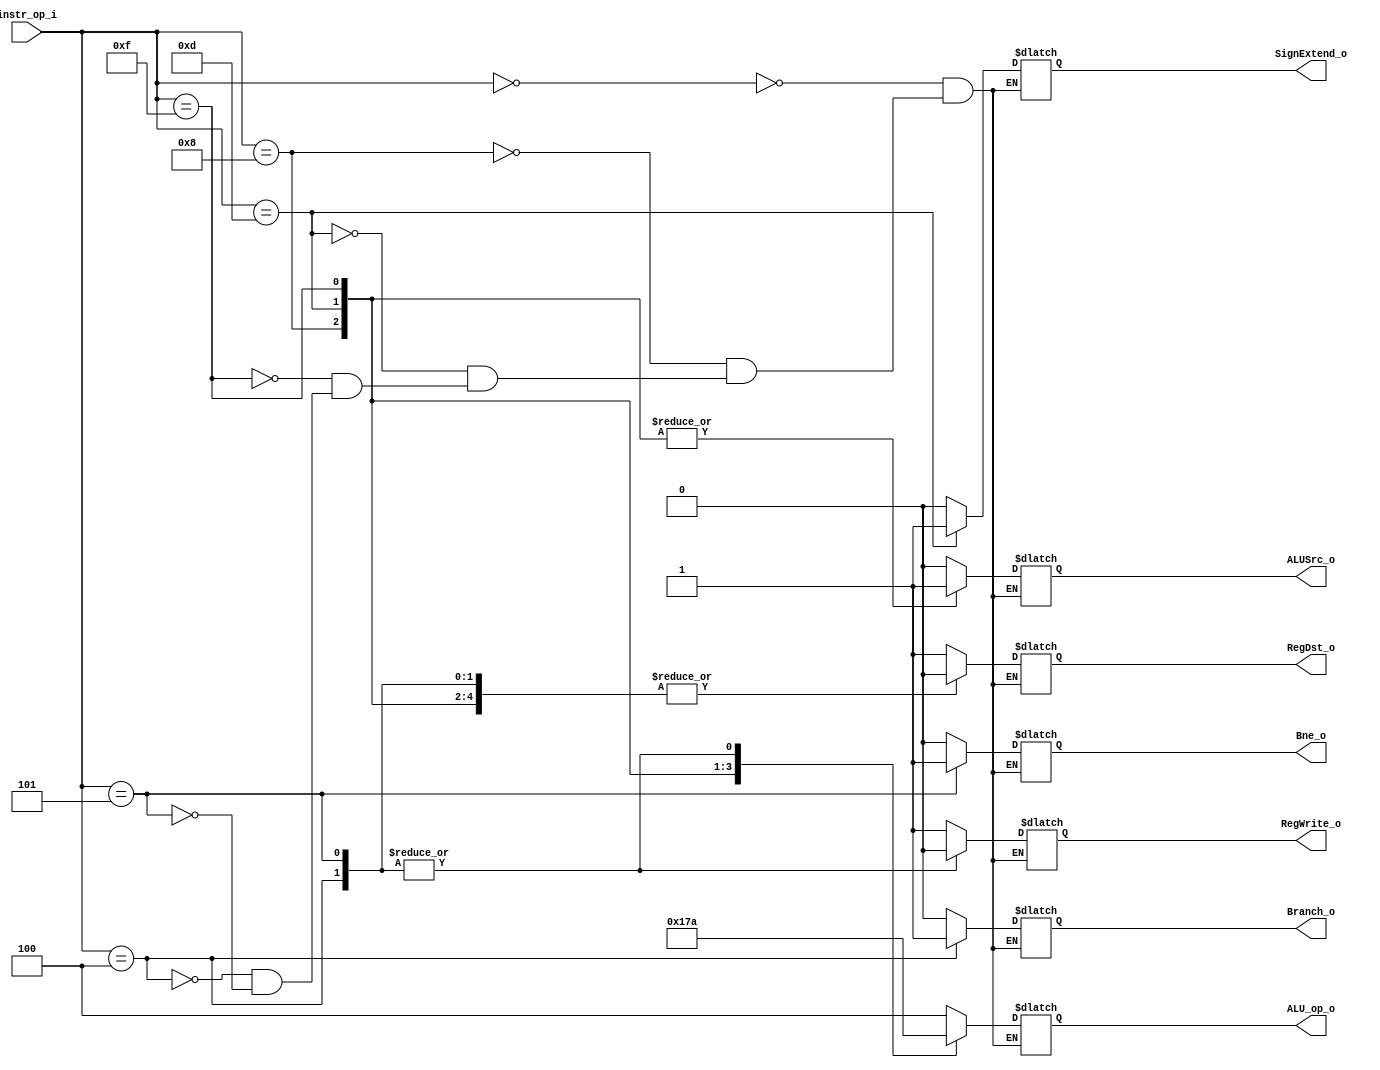
//Subject:     CO project 2 - Decoder
//--------------------------------------------------------------------------------
//Version:     1
//--------------------------------------------------------------------------------
//Writer:      0416038 _0416326 t 
//----------------------------------------------
//Date:        
//----------------------------------------------
//Description: 
//--------------------------------------------------------------------------------

module Decoder(
   instr_op_i,
	RegWrite_o,
	ALU_op_o,
	ALUSrc_o,
	RegDst_o,
	Branch_o,
	Bne_o,
	SignExtend_o
	);
     
//I/O ports
input  [6-1:0] instr_op_i;

output         RegWrite_o;
output [3-1:0] ALU_op_o;
output         ALUSrc_o;
output         RegDst_o;
output         Branch_o;
output			Bne_o;
output			SignExtend_o;
 
//Internal Signals
reg    [3-1:0] ALU_op_o;
reg            ALUSrc_o;
reg            RegWrite_o;
reg            RegDst_o;
reg            Branch_o;
reg				Bne_o;
reg				SignExtend_o;

//Parameter
parameter      R_FORMATE = 6'd0;
parameter		BEQ		 = 6'd4;
parameter		BNE		 = 6'd5;
parameter		ADDI		 = 6'd8;
parameter		ORI		 = 6'd13;
parameter		LUI		 = 6'd15;

//Main function
always@(*)begin
	case(instr_op_i)
		R_FORMATE: 	begin ALU_op_o <= 3'b100; RegDst_o <= 1'b1; RegWrite_o <= 1'b1; ALUSrc_o <= 1'b0; Branch_o <= 1'b0; Bne_o <= 1'b0; SignExtend_o <= 0;end
			  ADDI:	begin ALU_op_o <= 3'b000; RegDst_o <= 1'b0; RegWrite_o <= 1'b1; ALUSrc_o <= 1'b1; Branch_o <= 1'b0; Bne_o <= 1'b0; SignExtend_o <= 0;end
			  ORI:	begin ALU_op_o <= 3'b101; RegDst_o <= 1'b0; RegWrite_o <= 1'b1; ALUSrc_o <= 1'b1; Branch_o <= 1'b0; Bne_o <= 1'b0; SignExtend_o <= 1;end
			  LUI:	begin ALU_op_o <= 3'b111; RegDst_o <= 1'b0; RegWrite_o <= 1'b1; ALUSrc_o <= 1'b1; Branch_o <= 1'b0; Bne_o <= 1'b0; SignExtend_o <= 0;end
			  BEQ:	begin ALU_op_o <= 3'b010; RegDst_o <= 1'b0; RegWrite_o <= 1'b0; ALUSrc_o <= 1'b0; Branch_o <= 1'b1; Bne_o <= 1'b0; SignExtend_o <= 0;end
			  BNE:	begin ALU_op_o <= 3'b010; RegDst_o <= 1'b0; RegWrite_o <= 1'b0; ALUSrc_o <= 1'b0; Branch_o <= 1'b0; Bne_o <= 1'b1; SignExtend_o <= 0;end
	endcase
end
endmodule